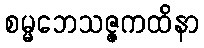
စမ္မဘေသဇ္ဇကထိနာ